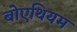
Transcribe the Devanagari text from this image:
बोएथियम